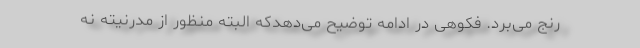
رنج می‌برد. فکوهی در ادامه توضیح می‌دهدکه البته منظور از مدرنیته نه